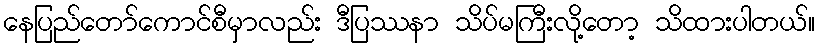
နေပြည်တော်ကောင်စီမှာလည်း ဒီပြဿနာ သိပ်မကြီးလို့တော့ သိထားပါတယ်။